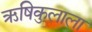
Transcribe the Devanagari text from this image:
ऋषिकुलाला